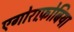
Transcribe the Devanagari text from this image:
एगोराफ़ोबिया